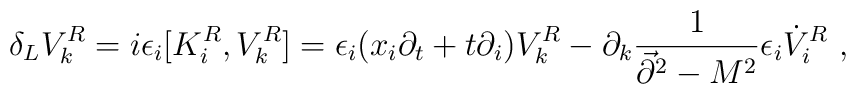
\delta_L V_k^R=i\epsilon_i[K_i^R,V_k^R]=\epsilon_i (x_i\partial_t+t\partial_i)V_k^R - \partial_k{1\over \vec{\partial}^2-M^2}\epsilon_i\dot{V}^R_i~,